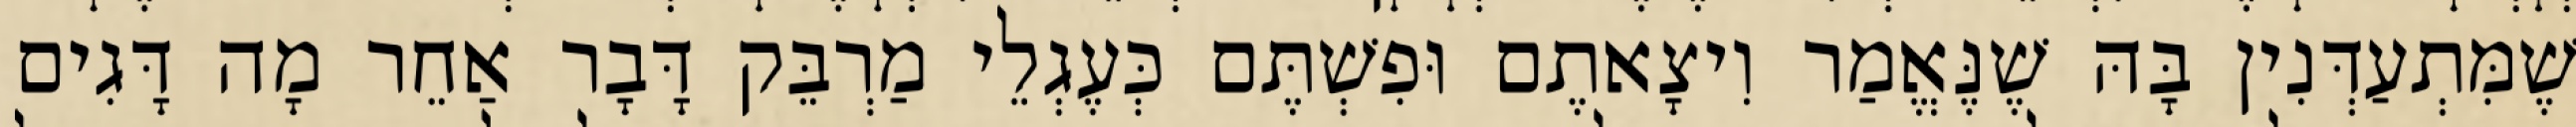
שֶׁמִּתְעַדְּנִין בָּהּ שֶׁנֶּאֱמַר וִיצָאתֶם וּפִשְׁתֶּם כְּעֶגְלֵי מַרְבֵּק דָּבָר אַחֵר מָה דָּגִים